Annual report of the Punjab Veterinary College and of the Civil Veterinary Department, Punjab - 1920-1925
Year: 1920
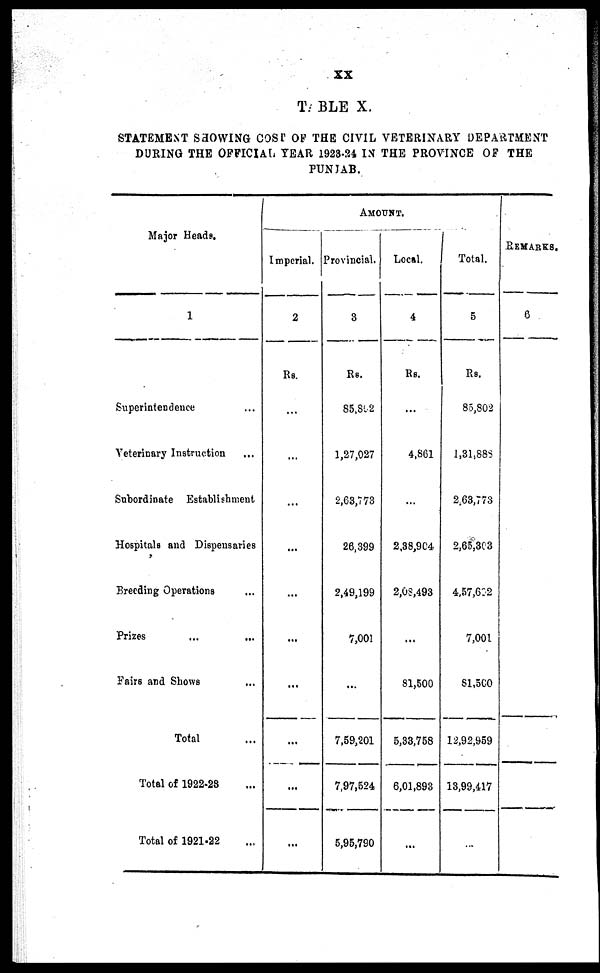
XX
TABLE X.
STATEMENT SHOWING COST OF THE CIVIL VETERINARY DEPARTMENT
DURING THE OFFICIAL YEAR 1923-24 IN THE PROVINCE OP THE
PUNJAB.
Major Heads.
1
Superintendence ...
Veterinary Instruction
Subordinate Establishment
Hospitals and Dispensaries
Breeding Operations
Prizes
...
...
Fairs and Shows
Total ...
Total of 1922-28 ...
Total of 1921-22 ...
Imperial.
2
Rs.
...
...
...
...
...
...
...
...
...
...
AMOUNT.
Provincial.
3
Rs.
85,852
1,27,027
2,63,773
26,399
2,49,199
7,001
...
7,59,201
7,97,524
5,95,790
Local.
4
Rs.
...
4,861
...
2,88,904
2,03,493
...
81,500
5,33,758
6,01,893
...
Total.
5
Rs.
85,802
1,31,888
2,63,773
2,65,303
4,57,602
7,001
81,5C0
12,92,959
13,99,417
...
REMARKS.
6